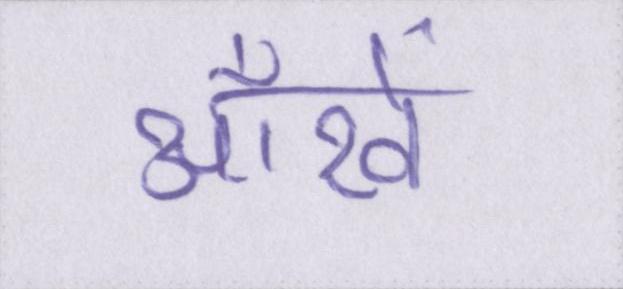
आँखें